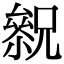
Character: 𠬓